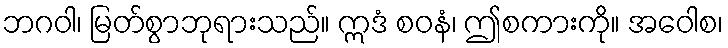
ဘဂဝါ၊ မြတ်စွာဘုရားသည်။ ဣဒံ စဝနံ၊ ဤစကားကို။ အဝေါစ၊